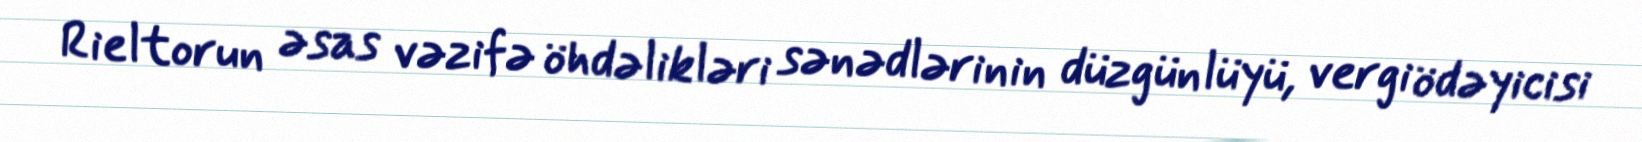
Rieltorun əsas vəzifə öhdəlikləri sənədlərinin düzgünlüyü, vergi ödəyicisi